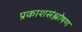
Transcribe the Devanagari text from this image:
प्रकाशसंश्लोषण